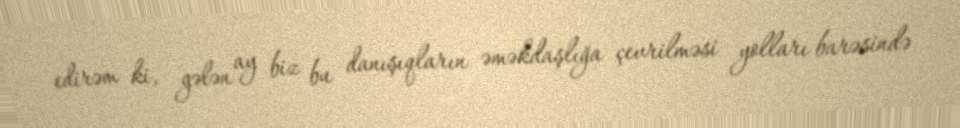
edirəm ki, gələn ay biz bu danışıqların əməkdaşlığa çevrilməsi yolları barəsində